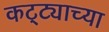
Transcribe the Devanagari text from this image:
कट्ट्याच्या